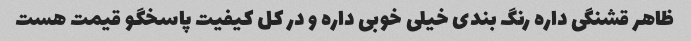
ظاهر قشنگی داره رنگ بندی خیلی خوبی داره و در کل کیفیت پاسخگو قیمت هست